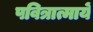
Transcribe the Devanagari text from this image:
पवित्रात्मायें